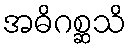
အဓိဂစ္ဆသိ